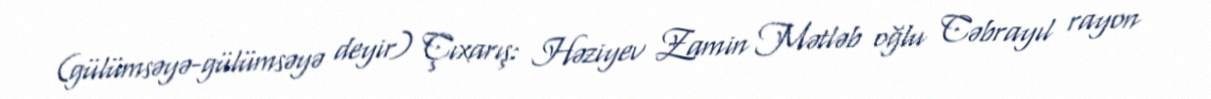
(gülümsəyə-gülümsəyə deyir) Çıxarış: Həziyev Zamin Mətləb oğlu Cəbrayıl rayon